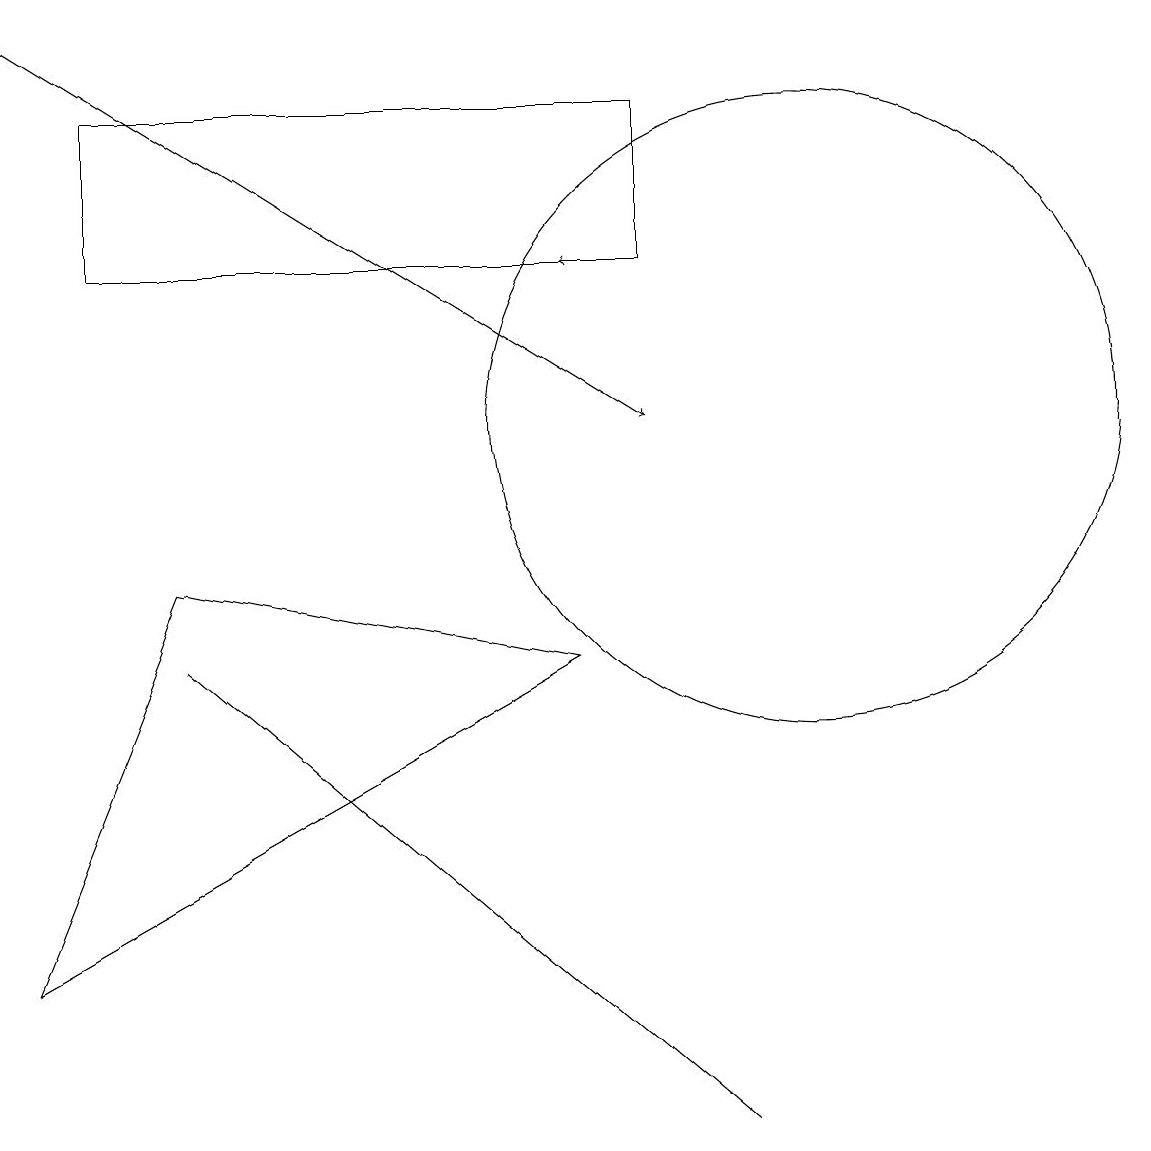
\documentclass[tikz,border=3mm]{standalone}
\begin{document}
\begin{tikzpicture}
\draw (9,1) -- (9,1) -- (2,7) -- cycle;
\draw (8,12) rectangle (1,14);
\draw (10,10) circle (4);
\draw (0,3) -- (2,8) -- (7,7) -- cycle;
\draw[->] (0,15) -- (8,10);
\draw[->] (8,12) -- (7,12);
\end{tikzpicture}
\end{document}